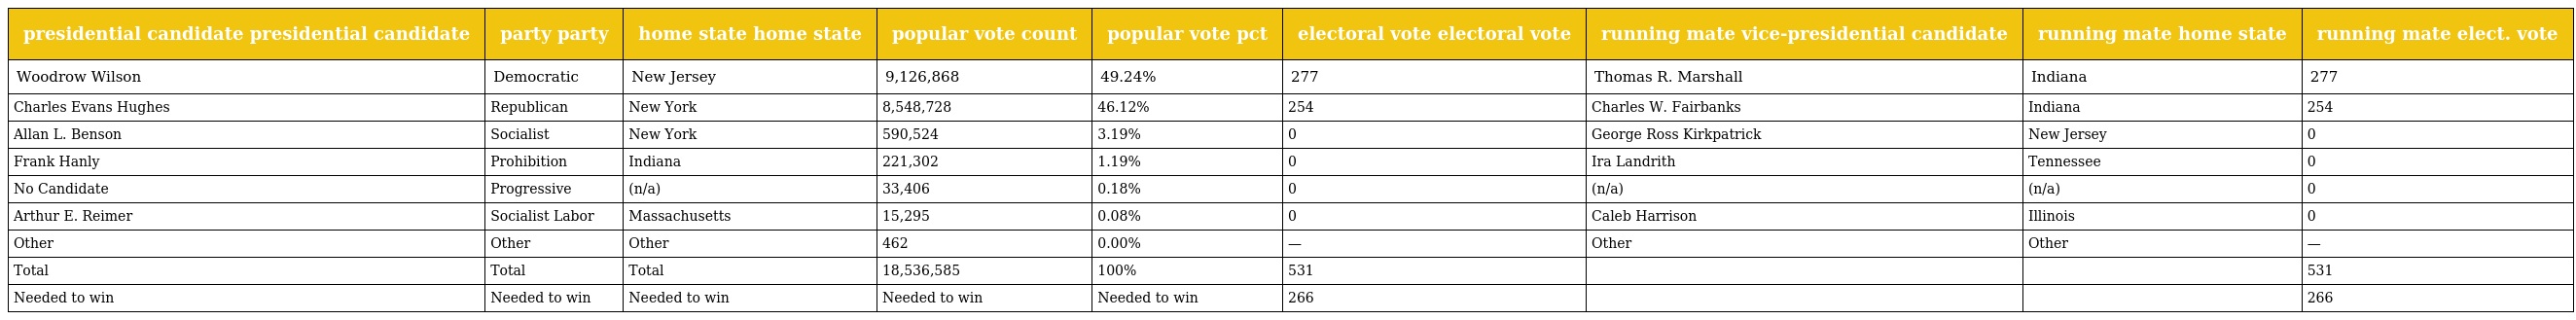
| presidential candidate presidential candidate | party party | home state home state | popular vote count | popular vote pct | electoral vote electoral vote | running mate vice-presidential candidate | running mate home state | running mate elect. vote |
 | --- | --- | --- | --- | --- | --- | --- | --- | --- |
 | Woodrow Wilson | Democratic | New Jersey | 9,126,868 | 49.24% | 277 | Thomas R. Marshall | Indiana | 277 |
 | Charles Evans Hughes | Republican | New York | 8,548,728 | 46.12% | 254 | Charles W. Fairbanks | Indiana | 254 |
 | Allan L. Benson | Socialist | New York | 590,524 | 3.19% | 0 | George Ross Kirkpatrick | New Jersey | 0 |
 | Frank Hanly | Prohibition | Indiana | 221,302 | 1.19% | 0 | Ira Landrith | Tennessee | 0 |
 | No Candidate | Progressive | (n/a) | 33,406 | 0.18% | 0 | (n/a) | (n/a) | 0 |
 | Arthur E. Reimer | Socialist Labor | Massachusetts | 15,295 | 0.08% | 0 | Caleb Harrison | Illinois | 0 |
 | Other | Other | Other | 462 | 0.00% | — | Other | Other | — |
 | Total | Total | Total | 18,536,585 | 100% | 531 |  |  | 531 |
 | Needed to win | Needed to win | Needed to win | Needed to win | Needed to win | 266 |  |  | 266 |